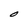
Character: O